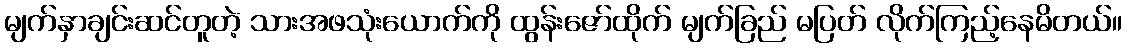
မျက်နှာချင်းဆင်တူတဲ့ သားအဖသုံးယောက်ကို ထွန်းဇော်ထိုက် မျက်ခြည် မပြတ် လိုက်ကြည့်နေမိတယ်။